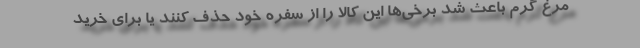
مرغ گرم باعث شد برخی‌ها این کالا را از سفره خود حذف کنند یا برای خرید